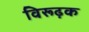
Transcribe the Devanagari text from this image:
विरूढ़क